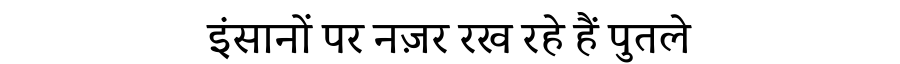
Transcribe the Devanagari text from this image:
इंसानों पर नज़र रख रहे हैं पुतले